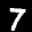
Label: 7